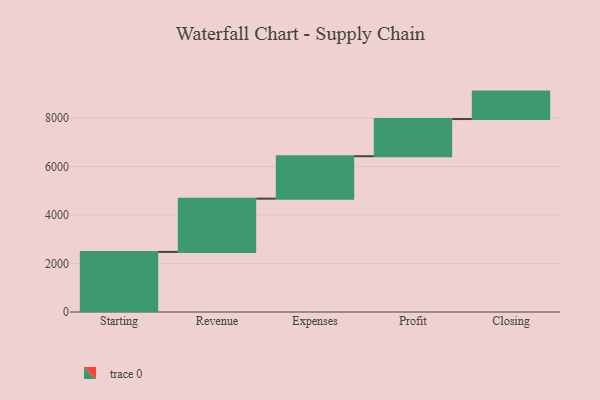
{"axis": {"x": "Step", "y": "Value"}, "legend": [""], "data": [{"x": "Starting", "y": 2480.0, "type": ""}, {"x": "Revenue", "y": 2195.0, "type": ""}, {"x": "Expenses", "y": 1750.0, "type": ""}, {"x": "Profit", "y": 1534.0, "type": ""}, {"x": "Closing", "y": 1132.0, "type": ""}]}